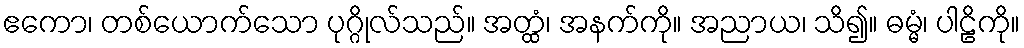
ဧကော၊ တစ်ယောက်သော ပုဂ္ဂိုလ်သည်။ အတ္ထံ၊ အနက်ကို။ အညာယ၊ သိ၍။ ဓမ္မံ၊ ပါဠိကို။